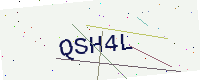
Text: QSH4L